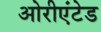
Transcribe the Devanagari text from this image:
ओरीएंटेड